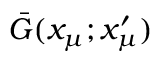
\bar { G } ( x _ { \mu } ; x _ { \mu } ^ { \prime } )